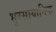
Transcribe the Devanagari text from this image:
भूरसायानिक